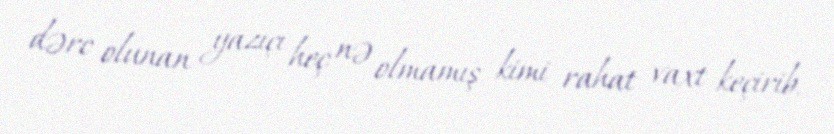
dərc olunan yazıçı heç nə olmamış kimi rahat vaxt keçirib.